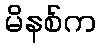
မိနစ်က